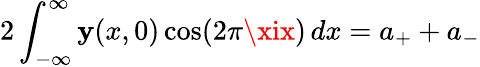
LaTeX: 2\int_{-\infty}^{\infty}\mathbf{y}(x,0)\cos(2\pi\xix)\, dx=a_{+}+a_{-}